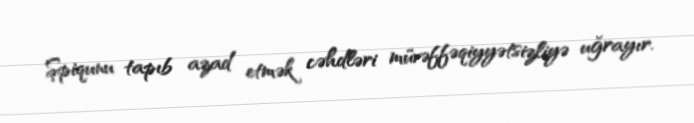
Şpiqunu tapıb azad etmək cəhdləri müvəffəqiyyətsizliyə uğrayır.